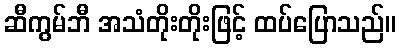
ဆီကွမ်ဘီ အသံတိုးတိုးဖြင့် ထပ်ပြောသည်။